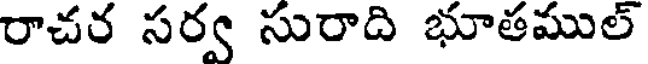
రాచర సర్వ సురాది భూతముల్